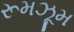
રૂમઝૂમ